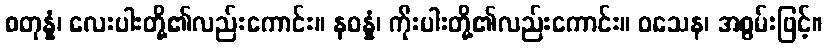
စတုန္နံ၊ လေးပါးတို့၏လည်းကောင်း။ နဝန္နံ၊ ကိုးပါးတို့၏လည်းကောင်း။ ဝသေန၊ အစွမ်းဖြင့်။